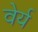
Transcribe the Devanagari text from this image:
वेर्य